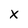
Character: X